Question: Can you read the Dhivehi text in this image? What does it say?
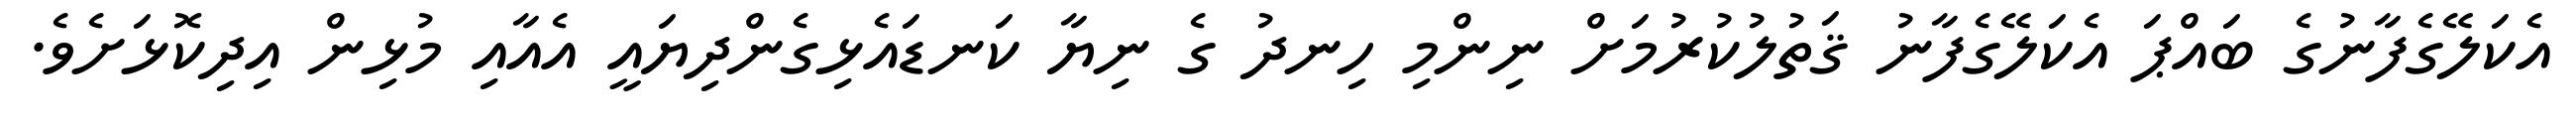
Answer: އެކަލޭގެފާނުގެ ބައްޕަ އެކަލޭގެފާނު ޤަތުލުކުރުމަށް ނިންމި ހިނދު ގެ ނިޔާ ކަނޑައެޅިގެންދިޔައީ އެއާއި މުޅިން އިދިކޮޅަށެވެ.